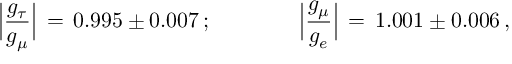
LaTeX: \Big \vert { \frac { g _ { \tau } } { g _ { \mu } } } \Big \vert \, = \, 0 . 9 9 5 \pm 0 . 0 0 7 \, ; \qquad \qquad \Big \vert { \frac { g _ { \mu } } { g _ { e } } } \Big \vert \, = \, 1 . 0 0 1 \pm 0 . 0 0 6 \, ,